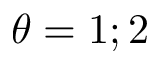
\theta = 1 ; 2